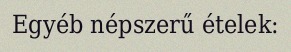
Egyéb népszerű ételek: